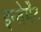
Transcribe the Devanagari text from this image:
इन्तेर्मेंट